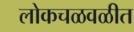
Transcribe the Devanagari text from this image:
लोकचळवळीत